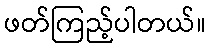
ဖတ်ကြည့်ပါတယ်။